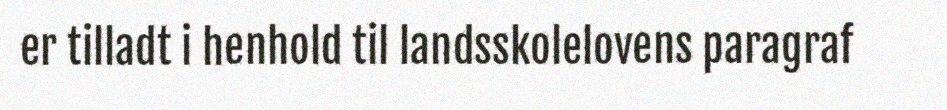
er tilladt i henhold til landsskolelovens paragraf